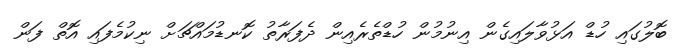
ބޮލުގައި ހުޑް އަޅުވާލައިގެން އިނުމުން ހުޑްތެރެއިން ދެފަރާތު ކޮނޑުމައްޗަށް ނިކުމެފައި އޮތް ފަން